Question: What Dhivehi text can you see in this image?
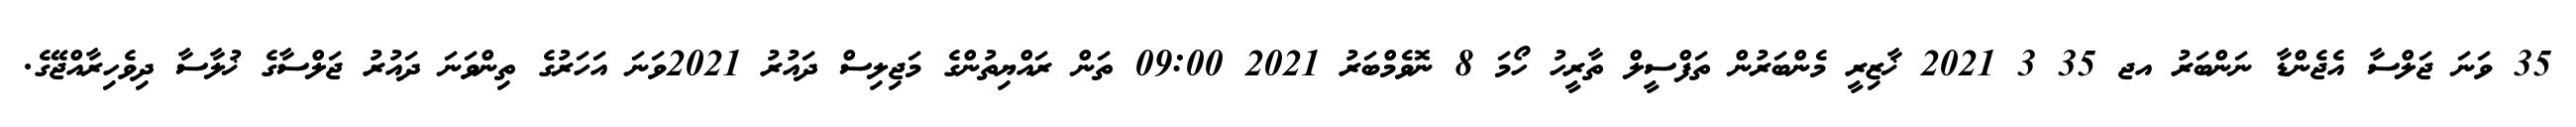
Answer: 35 ވަނަ ޖަލްސާ އެޖެންޑާ ނަންބަރު އޖ 35 3 2021 ޚާޒިރީ މެންބަރުން ތަފްސީލް ތާރީހު ހޯމަ 8 ނޮވެމްބަރު 2021 09:00 ތަން ރައްޔިތުންގެ މަޖިލިސް ދައުރު 2021ވަނަ އަހަރުގެ ތިންވަނަ ދައުރު ޖަލްސާގެ ޚުލާސާ ދިވެހިރާއްޖޭގެ.